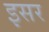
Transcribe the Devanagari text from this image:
इसर